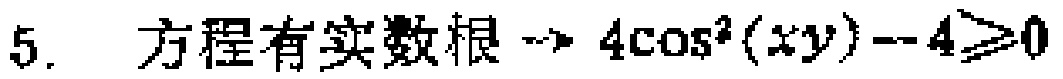
5. 方程有实数根$\to 4\cos^{2}(xy)-4\geq0$